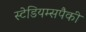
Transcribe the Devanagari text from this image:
स्टेडियम्सपैकी